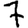
Digit: 7